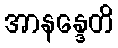
အာနန္ဒေတိ